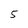
Character: 5